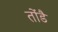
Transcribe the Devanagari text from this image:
तोंडै